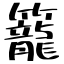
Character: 籠